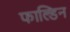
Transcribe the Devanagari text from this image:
फाल्डिन